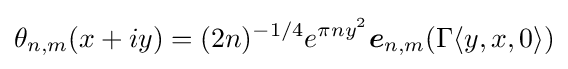
\theta _{n,m}(x+iy)=(2n)^{-1/4}e^{\pi ny^{2}}{\boldsymbol {e}}_{n,m}(\Gamma \langle y,x,0\rangle )